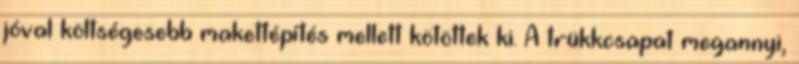
jóval költségesebb makettépítés mellett kötöttek ki. A trükkcsapat megannyi,